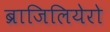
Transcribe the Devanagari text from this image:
ब्राजिलियेरो